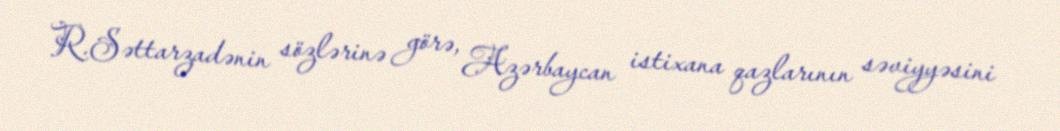
R.Səttarzadənin sözlərinə görə, Azərbaycan istixana qazlarının səviyyəsini